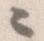
々